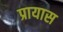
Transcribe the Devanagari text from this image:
प्रायास